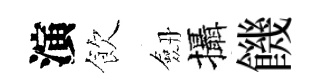
演飲劔攝饑